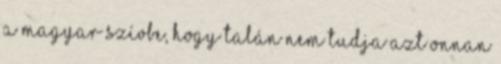
a magyar szívbe, hogy talán nem tudja azt onnan